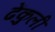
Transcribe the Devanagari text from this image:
ढेंकुली